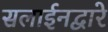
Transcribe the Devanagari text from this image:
सलाईनद्वारे